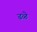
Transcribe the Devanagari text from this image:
ढळे